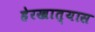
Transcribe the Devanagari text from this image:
हेरखात्यास